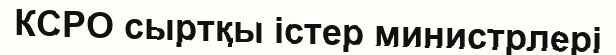
КСРО сыртқы істер министрлері